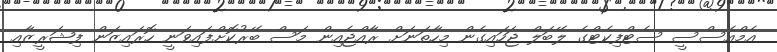
އެމްއެސްސީ ސެޓްފިކެޓްގެ ލޭބަލް ޖަހައިގެން މިހާތަނަށް ރާއްޖެއިން މަސް ބޭރުކޮށްފައިވަނީ ހޮރައިޒަން ފިޝަރީޒާއި